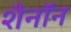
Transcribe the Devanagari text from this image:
शैनॉन